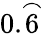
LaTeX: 0.{\overset{\frown}{6}}